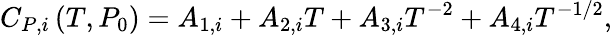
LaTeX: C_{P,i}\left(T,P_{0}\right)=A_{1,i}+A_{2,i}T+A_{3,i}T^{-2}+A_{4,i}T^{-1/2},